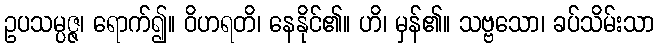
ဥပသမ္ပဇ္ဇ၊ ရောက်၍။ ဝိဟရတိ၊ နေနိုင်၏။ ဟိ၊ မှန်၏။ သဗ္ဗသော၊ ခပ်သိမ်းသာ